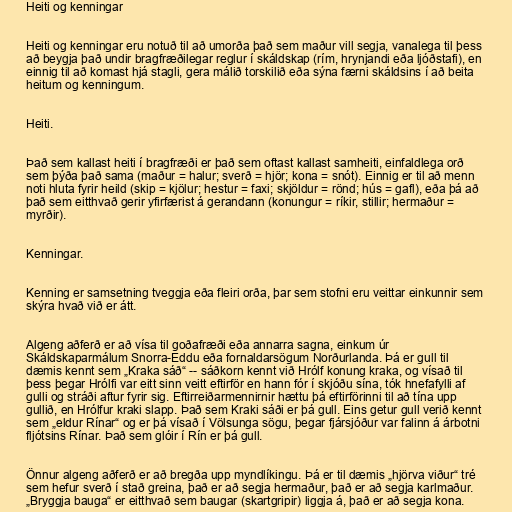
Heiti og kenningar

Heiti og kenningar eru notuð til að umorða það sem maður vill segja, vanalega til þess
að beygja það undir bragfræðilegar reglur í skáldskap (rím, hrynjandi eða ljóðstafi), en
einnig til að komast hjá stagli, gera málið torskilið eða sýna færni skáldsins í að beita
heitum og kenningum.

Heiti.

Það sem kallast heiti í bragfræði er það sem oftast kallast samheiti, einfaldlega orð
sem þýða það sama (maður = halur; sverð = hjör; kona = snót). Einnig er til að menn
noti hluta fyrir heild (skip = kjölur; hestur = faxi; skjöldur = rönd; hús = gafl), eða þá að
það sem eitthvað gerir yfirfærist á gerandann (konungur = ríkir, stillir; hermaður =
myrðir).

Kenningar.

Kenning er samsetning tveggja eða fleiri orða, þar sem stofni eru veittar einkunnir sem
skýra hvað við er átt.

Algeng aðferð er að vísa til goðafræði eða annarra sagna, einkum úr
Skáldskaparmálum Snorra-Eddu eða fornaldarsögum Norðurlanda. Þá er gull til
dæmis kennt sem „Kraka sáð“ -- sáðkorn kennt við Hrólf konung kraka, og vísað til
þess þegar Hrólfi var eitt sinn veitt eftirför en hann fór í skjóðu sína, tók hnefafylli af
gulli og stráði aftur fyrir sig. Eftirreiðarmennirnir hættu þá eftirförinni til að tína upp
gullið, en Hrólfur kraki slapp. Það sem Kraki sáði er þá gull. Eins getur gull verið kennt
sem „eldur Rínar“ og er þá vísað í Völsunga sögu, þegar fjársjóður var falinn á árbotni
fljótsins Rínar. Það sem glóir í Rín er þá gull.

Önnur algeng aðferð er að bregða upp myndlíkingu. Þá er til dæmis „hjörva viður“ tré
sem hefur sverð í stað greina, það er að segja hermaður, það er að segja karlmaður.
„Bryggja bauga“ er eitthvað sem baugar (skartgripir) liggja á, það er að segja kona.